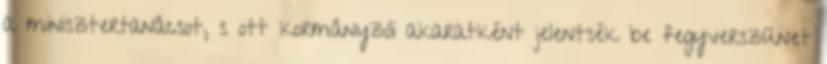
a minisztertanácsot, s ott kormányzói akaratként jelentsék be fegyverszünet